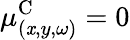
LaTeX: \mu_{(\mathit{x},y,\omega)}^{\textrm{{C}}}=0